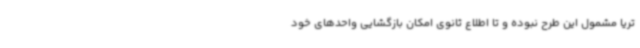
تریا مشمول این طرح نبوده و تا اطلاع ثانوی امکان بازگشایی واحدهای خود